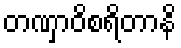
တဏှာဝိစရိတာနိ